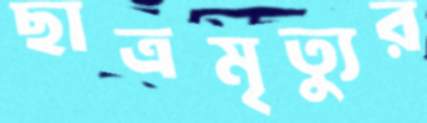
ছাত্রমৃত্যুর